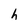
Character: h